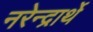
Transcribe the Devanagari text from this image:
नरेन्द्रार्थे